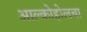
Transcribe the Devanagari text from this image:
आल्कोहोलचा